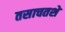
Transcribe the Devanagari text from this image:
तसाचतशे